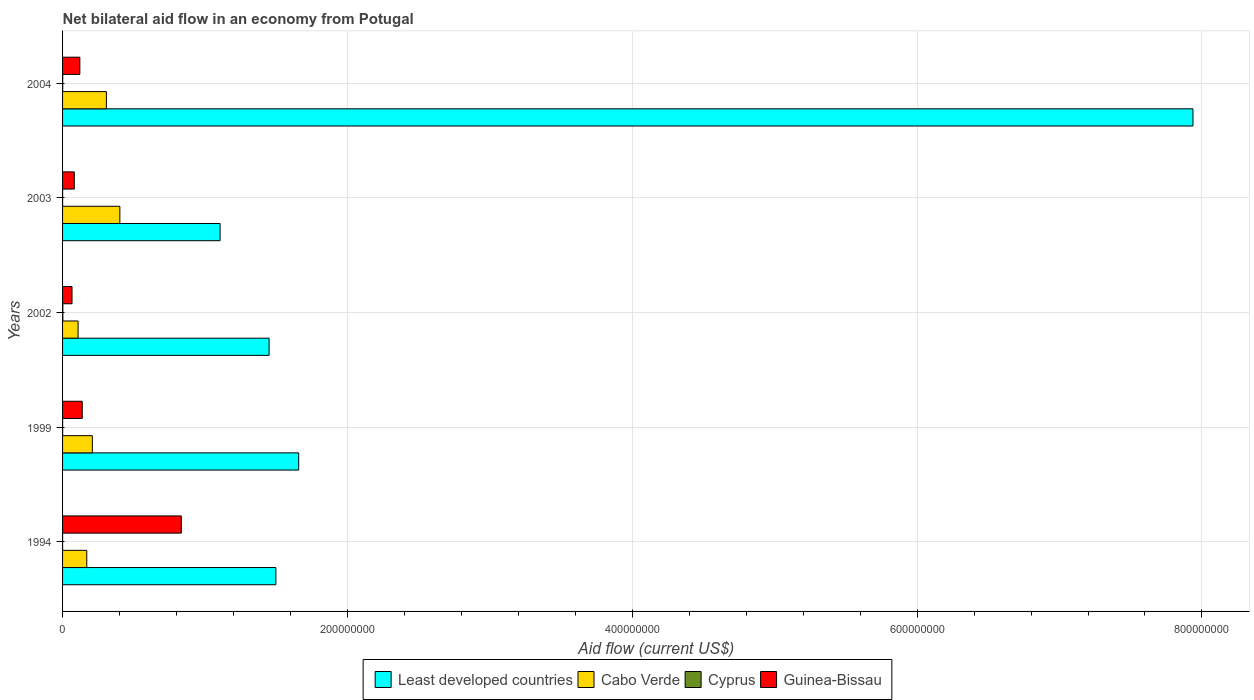
| Years | Least developed countries | Cabo Verde | Cyprus | Guinea-Bissau |
 | --- | --- | --- | --- | --- |
 | 1994 | 1.5e+08 | 1.7e+07 | 1e+04 | 8.34e+07 |
 | 1999 | 1.66e+08 | 2.09e+07 | 4e+04 | 1.38e+07 |
 | 2002 | 1.45e+08 | 1.09e+07 | 1.9e+05 | 6.64e+06 |
 | 2003 | 1.11e+08 | 4.02e+07 | 3e+04 | 8.25e+06 |
 | 2004 | 7.94e+08 | 3.08e+07 | 1.1e+05 | 1.21e+07 |